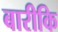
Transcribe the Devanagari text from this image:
बारीकि